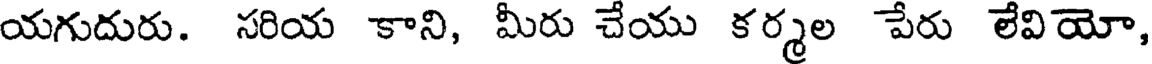
యగుదురు. సరియ కాని, మీరు చేయు కర్మల పేరు లేవియో,